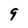
Character: 9